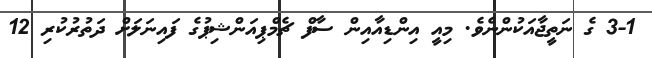
3-1 ގެ ނަތީޖާއަކުންނެވެ. މިއީ އިންޑިއާއިން ސާފް ޗެމްޕިއަންޝިޕުގެ ފައިނަލަށް ދަތުރުކުރި 12